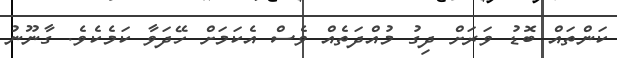
ކަންތައް ބޮޑު ވަރަށް ދިގު މުއްދަތެއް ވެސް އެކަމަށް ހޭދަވާ ކަމެކެވެ. ގާނޫނު